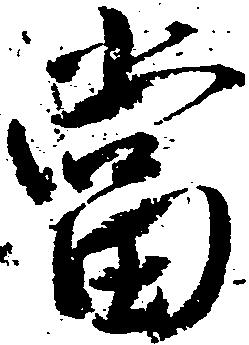
当